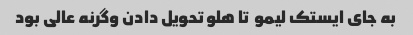
به جای ایستک لیمو  تا هلو تحویل دادن وگرنه عالی بود